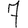
Digit: 7